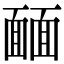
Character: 𩈳